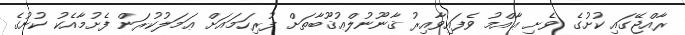
ރާއްޖޭގައި ކުށުގެ ވެށި ޢާއްމު ވެފައިވާއިރު ޤާނޫނުލްޢުޤޫބާތަށް ފުރިހަމައަށް ޢަމަލުކުރަން ފެށުމާއެކު ކުށުގެ